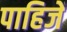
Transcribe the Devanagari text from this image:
पाहिजेँ